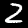
Digit: 2